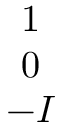
\begin{array} { c } { { 1 } } \\ { { 0 } } \\ { { - I } } \end{array}